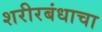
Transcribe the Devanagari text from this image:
शरीरबंधाचा